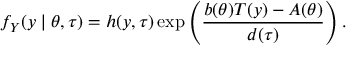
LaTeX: f _ { Y } ( y \mid \theta , \tau ) = h ( y , \tau ) \exp \left( { \frac { b ( \theta ) T ( y ) - A ( \theta ) } { d ( \tau ) } } \right) . \,